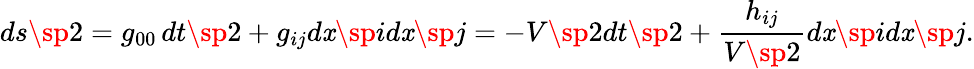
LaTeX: ds\sp2=g_{00}\, dt\sp2+g_{ij}d\mathit{x}\sp{i}d\mathit{x}\sp{j}=-V\sp2dt\sp2+\frac{{h_{ij}}}{{V\sp2}}d\mathit{x}\sp{i}d\mathit{x}\sp{j}.